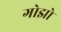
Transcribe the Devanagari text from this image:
गोझो